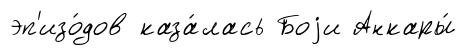
эп'изо́дов каза́лась Боjи Анкары́